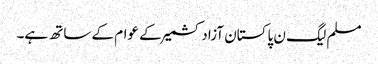
مسلم لیگ ن پاکستان آزادکشمیر کے عوام کے ساتھ ہے۔